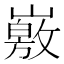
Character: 𡽄